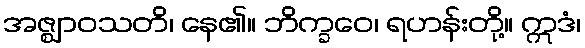
အဇ္ဈာဝသတိ၊ နေ၏။ ဘိက္ခဝေ၊ ရဟန်းတို့။ ဣဒံ၊